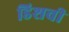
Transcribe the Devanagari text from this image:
डिशची